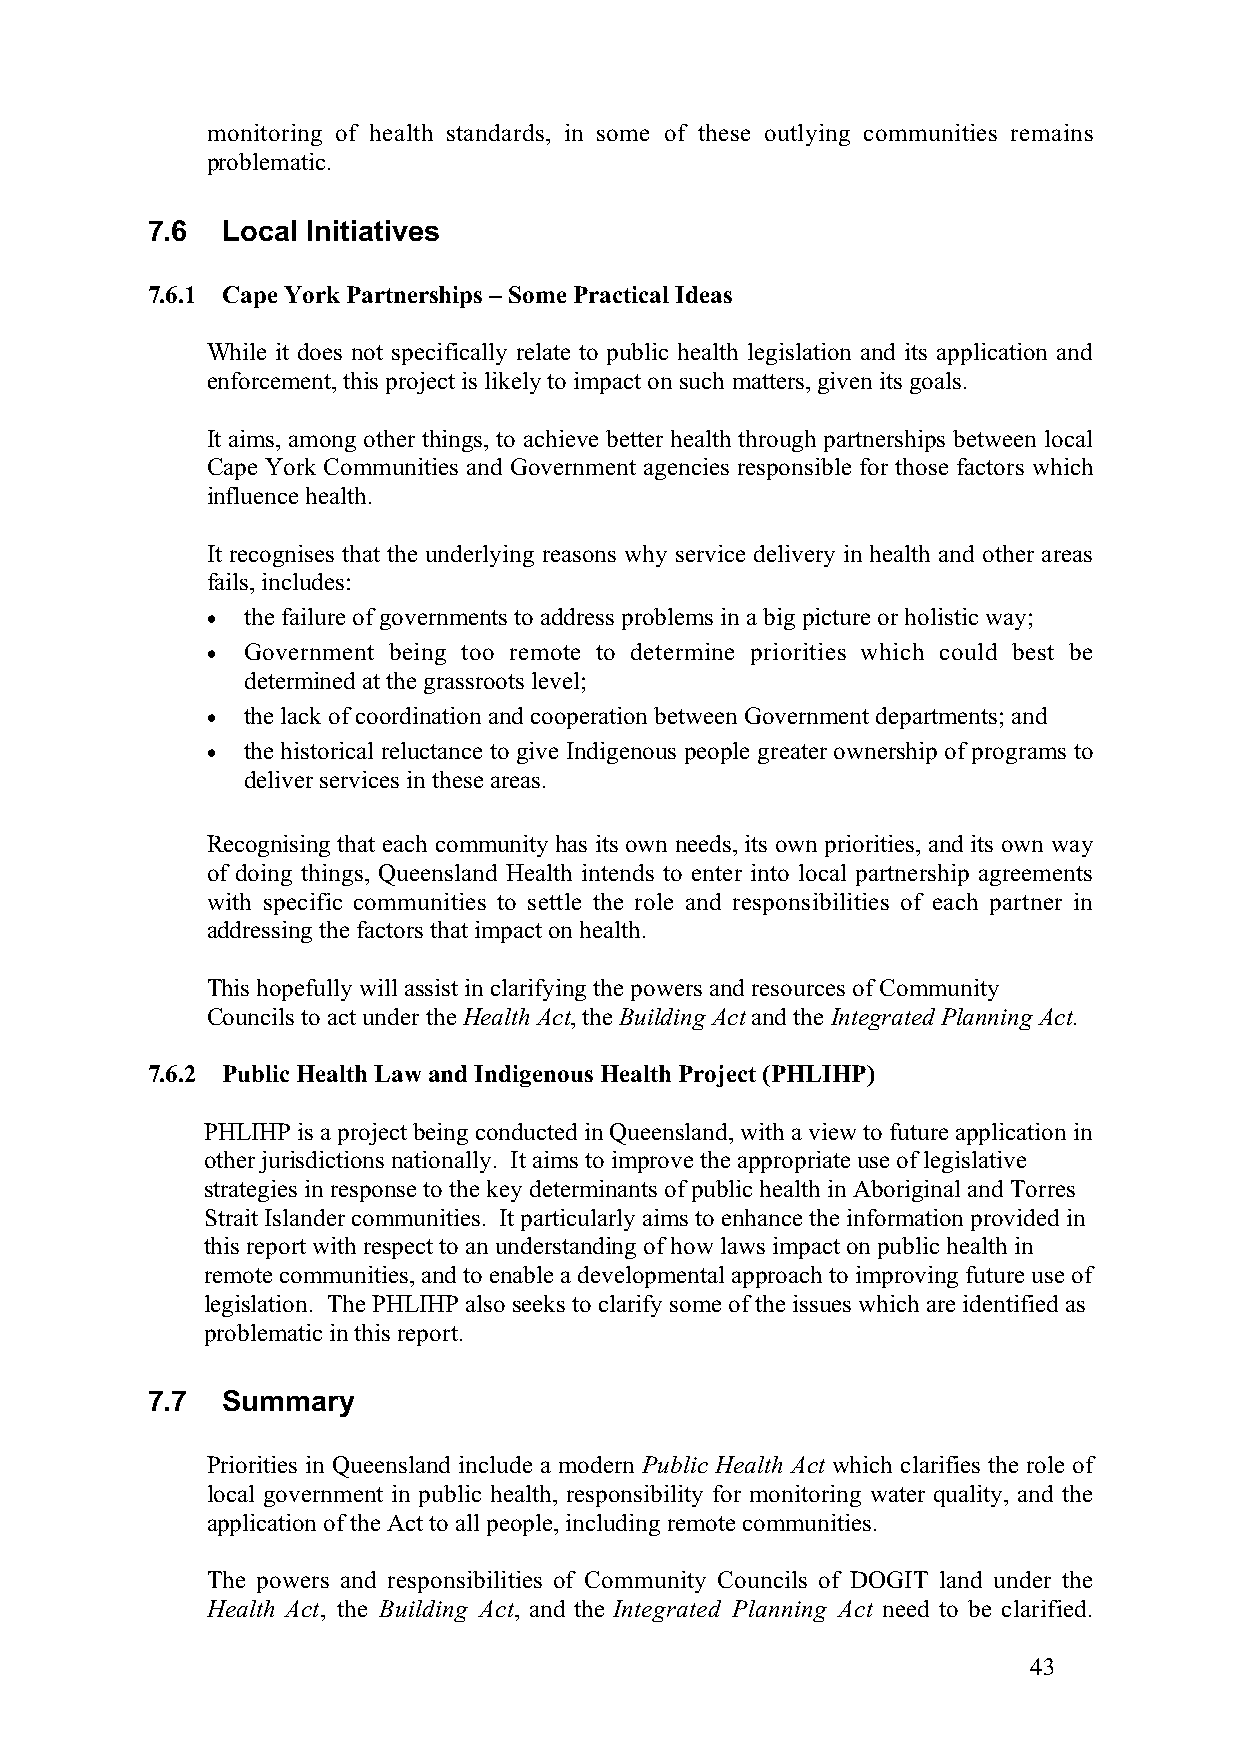
monitoring of health standards, in some of these outlying communities remains
 problematic.
 7.6  Local Initiatives
 7.6.1 Cape York Partnerships – Some Practical Ideas
 While it does not specifically relate to public health legislation and its application and
 enforcement, this project is likely to impact on such matters, given its goals.
 It aims, among other things, to achieve better health through partnerships between local
 Cape York Communities and Government agencies responsible for those factors which
 influence health.
 It recognises that the underlying reasons why service delivery in health and other areas
 fails, includes:
 • the failure of governments to address problems in a big picture or holistic way;
 • Government being too remote to determine priorities which could best be
 determined at the grassroots level;
 • the lack of coordination and cooperation between Government departments; and
 • the historical reluctance to give Indigenous people greater ownership of programs to
 deliver services in these areas.
 Recognising that each community has its own needs, its own priorities, and its own way
 of doing things, Queensland Health intends to enter into local partnership agreements
 with specific communities to settle the role and responsibilities of each partner in
 addressing the factors that impact on health.
 This hopefully will assist in clarifying the powers and resources of Community
 Councils to act under the Health Act, the Building Act and the Integrated Planning Act.
 7.6.2 Public Health Law and Indigenous Health Project (PHLIHP)
 PHLIHP is a project being conducted in Queensland, with a view to future application in
 other jurisdictions nationally. It aims to improve the appropriate use of legislative
 strategies in response to the key determinants of public health in Aboriginal and Torres
 Strait Islander communities. It particularly aims to enhance the information provided in
 this report with respect to an understanding of how laws impact on public health in
 remote communities, and to enable a developmental approach to improving future use of
 legislation. The PHLIHP also seeks to clarify some of the issues which are identified as
 problematic in this report.
 7.7  Summary
 Priorities in Queensland include a modern Public Health Act which clarifies the role of
 local government in public health, responsibility for monitoring water quality, and the
 application of the Act to all people, including remote communities.
 The powers and responsibilities of Community Councils of DOGIT land under the
 Health Act, the Building Act, and the Integrated Planning Act need to be clarified.
 43